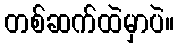
တစ်ဆက်ထဲမှာပဲ။